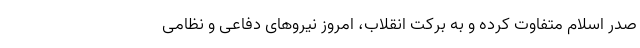
صدر اسلام متفاوت کرده و به برکت انقلاب، امروز نیروهای دفاعی و نظامی